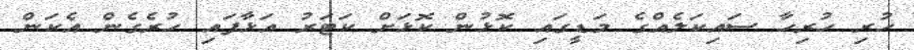
ހުރި ހުރިހާ ސައިކަލެއްގެ މަޑީގައި ކޮޅުން ކޮޅަށް ކަޓަރު އަޅާފައި ހުރެގެން އެކަން